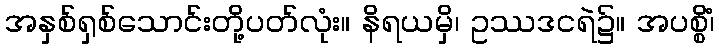
အနှစ်ရှစ်သောင်းတို့ပတ်လုံး။ နိရယမှိ၊ ဥဿဒငရဲ၌။ အပစ္စိံ၊